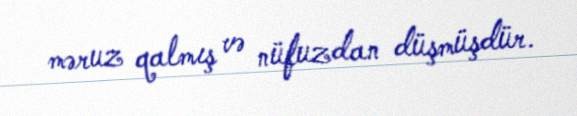
məruz qalmış və nüfuzdan düşmüşdür.